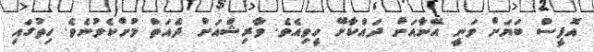
އޮފީސް ބަޔަށް ވަނީ އޭނާއަށް ދައްކާށޭ ހީވިއެވެ. ވާރިޝްއަށް ދެއަތް މުށްކެވުނެވެ. ހިތުގައި